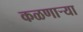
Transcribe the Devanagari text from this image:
कळणाऱ्या